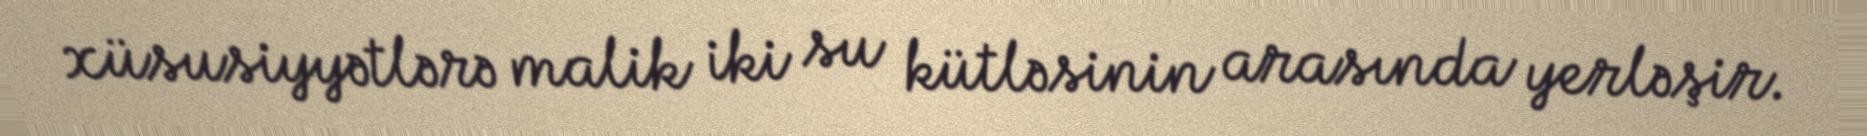
xüsusiyyətlərə malik iki su kütləsinin arasında yerləşir.